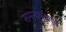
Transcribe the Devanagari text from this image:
समन्वयकाचे